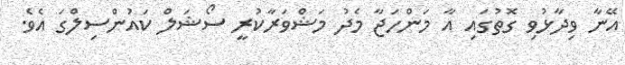
އޭނާ ވިދާޅުވި ގޮތުގައި އާ މަންހަޖާ މެދު މަޝްވަރާކުރީ ސޯޝަލް ކައުންސިލްގަ އެވެ.